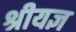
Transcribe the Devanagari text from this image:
श्रीयज्ञ